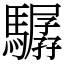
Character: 驏